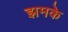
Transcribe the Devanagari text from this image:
झमके